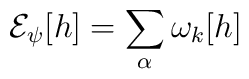
{\cal E}_\psi[ h] = \sum_\alpha \omega_k[ h]